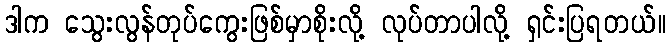
ဒါက သွေးလွန်တုပ်ကွေးဖြစ်မှာစိုးလို့ လုပ်တာပါလို့ ရှင်းပြရတယ်။